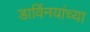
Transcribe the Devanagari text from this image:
डार्विनयांच्या